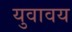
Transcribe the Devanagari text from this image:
युवावय